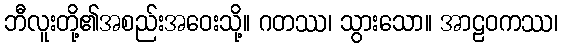
ဘီလူးတို့၏အစည်းအဝေးသို့။ ဂတဿ၊ သွားသော။ အာဠဝကဿ၊